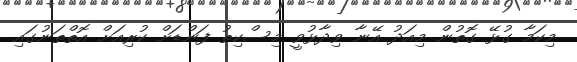
މިކަމާ ގުޅޭ ގޮތުން މިއަދު އޭނާ ވިދާޅުވީ މިސްކިތު ފަންޑަށް ކުރިއަށް އޮތްތަނުގައި